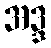
အဒ္ဒ